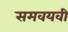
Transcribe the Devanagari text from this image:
समवयवी